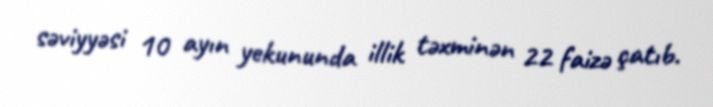
səviyyəsi 10 ayın yekununda illik təxminən 22 faizə çatıb.